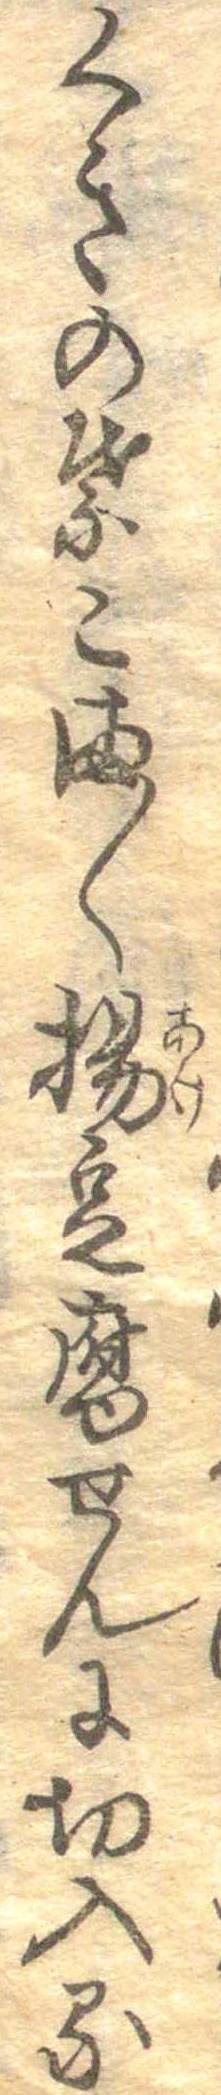
くきの葉こまく揚豆腐せんに切入る